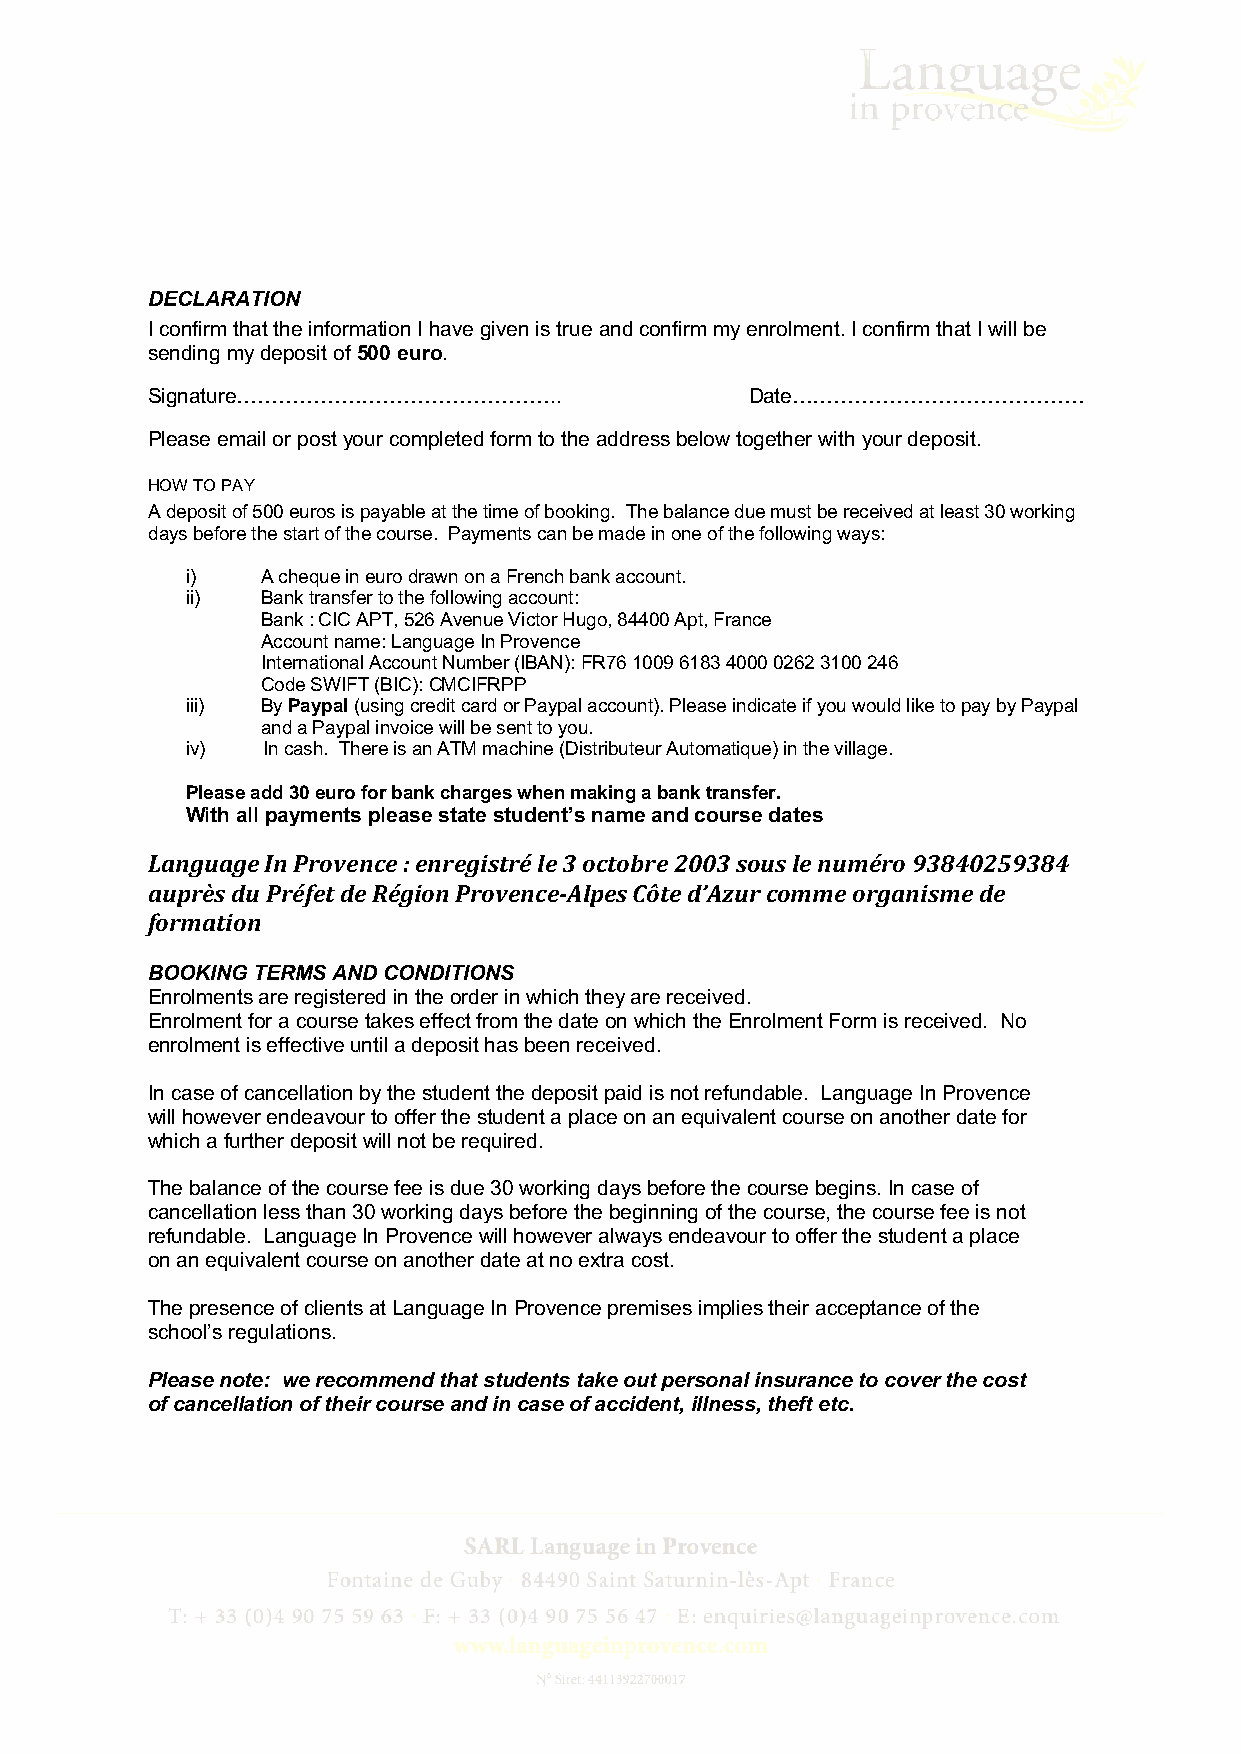
DECLARATION
 I confirm that the information I have given is true and confirm my enrolment. I confirm that I will be
 sending my deposit of 500 euro.
 Signature………………………………………..              Date……………………………………
 Please email or post your completed form to the address below together with your deposit.
 HOW TO PAY
 A deposit of 500 euros is payable at the time of booking. The balance due must be received at least 30 working
 days before the start of the course. Payments can be made in one of the following ways:
 i)   A cheque in euro drawn on a French bank account.
 ii)  Bank transfer to the following account:
 Bank : CIC APT, 526 Avenue Victor Hugo, 84400 Apt, France
 Account name: Language In Provence
 International Account Number (IBAN): FR76 1009 6183 4000 0262 3100 246
 Code SWIFT (BIC): CMCIFRPP
 iii) By Paypal (using credit card or Paypal account). Please indicate if you would like to pay by Paypal
 and a Paypal invoice will be sent to you.
 iv)  In cash. There is an ATM machine (Distributeur Automatique) in the village.
 Please add 30 euro for bank charges when making a bank transfer.
 With all payments please state student’s name and course dates
 Language In Provence : enregistré le 3 octobre 2003 sous le numéro 93840259384
 auprès du Préfet de Région Provence-Alpes Côte d’Azur comme organisme de
 formation
 BOOKING TERMS AND CONDITIONS
 Enrolments are registered in the order in which they are received.
 Enrolment for a course takes effect from the date on which the Enrolment Form is received. No
 enrolment is effective until a deposit has been received.
 In case of cancellation by the student the deposit paid is not refundable. Language In Provence
 will however endeavour to offer the student a place on an equivalent course on another date for
 which a further deposit will not be required.
 The balance of the course fee is due 30 working days before the course begins. In case of
 cancellation less than 30 working days before the beginning of the course, the course fee is not
 refundable. Language In Provence will however always endeavour to offer the student a place
 on an equivalent course on another date at no extra cost.
 The presence of clients at Language In Provence premises implies their acceptance of the
 school’s regulations.
 Please note: we recommend that students take out personal insurance to cover the cost
 of cancellation of their course and in case of accident, illness, theft etc.